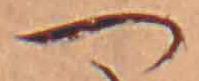
つ